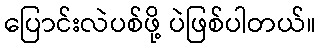
ပြောင်းလဲပစ်ဖို့ ပဲဖြစ်ပါတယ်။